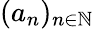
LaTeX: (a_{n})_{n\in\mathbb{N}}